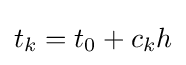
t_{k}=t_{0}+c_{k}h